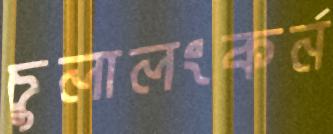
চুলালংকর্ন